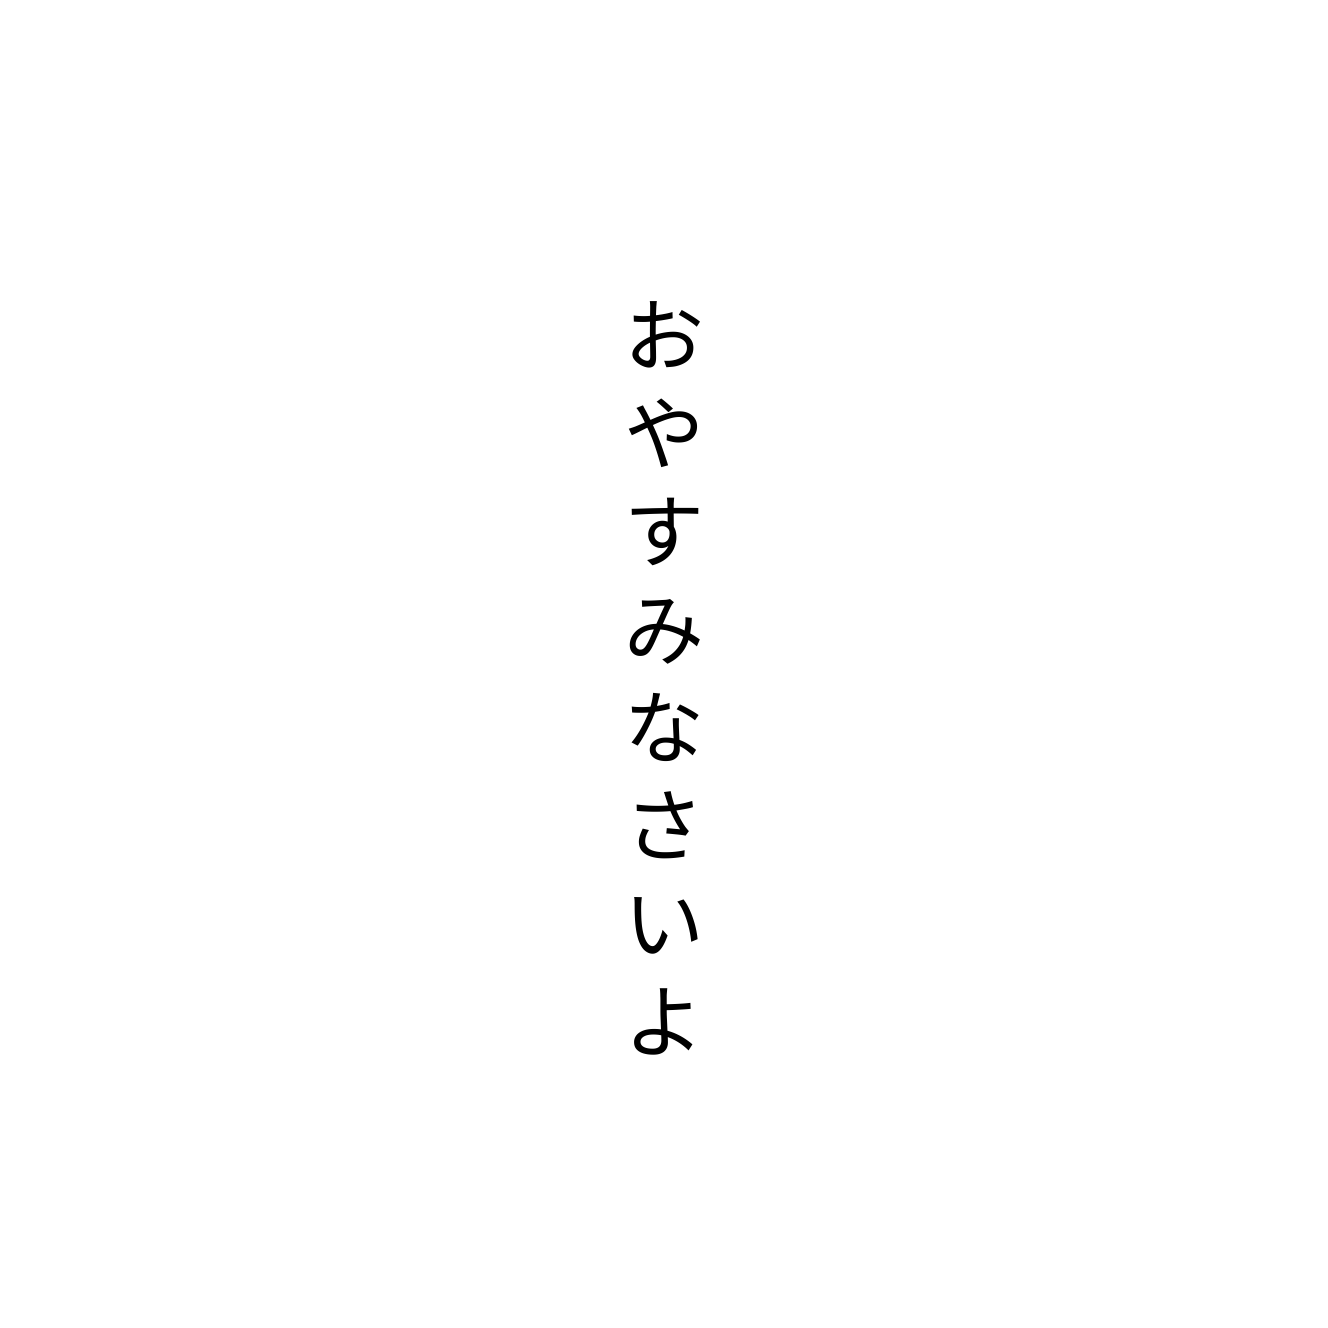
おやすみなさいよ